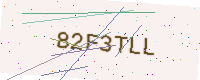
Text: 82F3TLL